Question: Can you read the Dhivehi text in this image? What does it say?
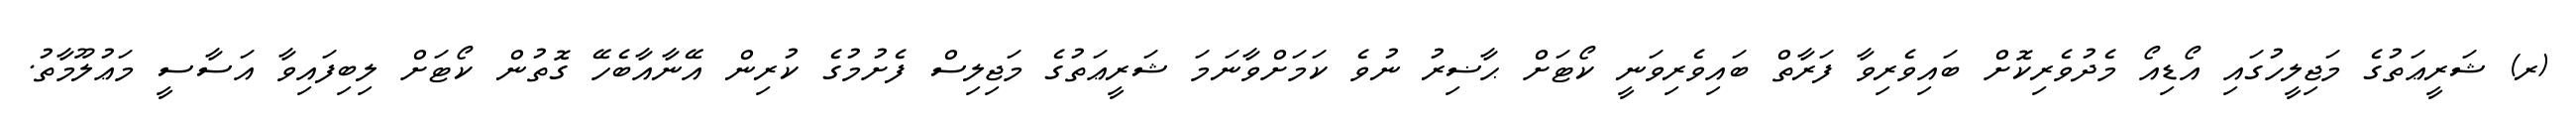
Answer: (ރ) ޝަރީޢަތުގެ މަޖިލީހުގައި އޯޑިއޯ މެދުވެރިކޮށް ބައިވެރިވާ ފަރާތް ބައިވެރިވަނީ ކޯޓަށް ޙާޟިރު ނުވެ ކަމަށްވާނަމަ ޝަރީޢަތުގެ މަޖިލިސް ފެށުމުގެ ކުރިން އޭނާއާބެހޭ ގޮތުން ކޯޓަށް ލިބިފައިވާ އަސާސީ މަޢުލޫމާތު.